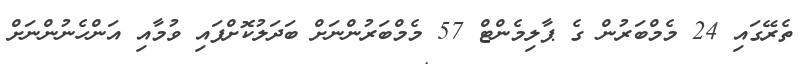
ތެރޭގައި 24 މެމްބަރުން ގެ ޕާލިމެންޓް 57 މެމްބަރުންނަށް ބަދަލުކޮށްފައި ވުމާއި އަންހެނުންނަށް